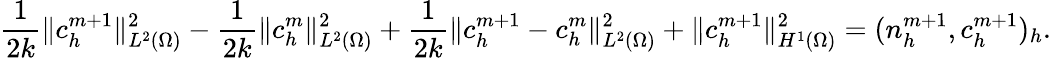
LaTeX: \frac{1}{2k}\| c_{h}^{m+1}\| _{L^{2}(\Omega)}^{2}-\frac{1}{2k}\| c_{h}^{m}\| _{L^{2}(\Omega)}^{2}+\frac{1}{2k}\| c_{h}^{m+1}-c_{h}^{m}\| _{L^{2}(\Omega)}^{2}+\| c_{h}^{m+1}\| _{H^{1}(\Omega)}^{2}=(n_{h}^{m+1},c_{h}^{m+1})_{h}.